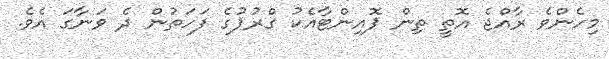
މިހެންވެ ރާއްޖެ އޮތީ ތިން ޕޮއިންޓާއެކު ގްރުޕުގެ ފަހަތުން ދެ ވަނާގަ އެވެ.